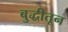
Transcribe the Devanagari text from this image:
बुद्धीतून